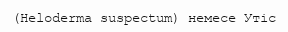
(Heloderma suspectum) немесе Утіс